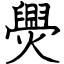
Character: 爂